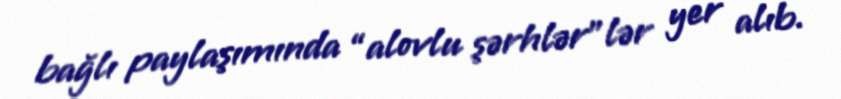
bağlı paylaşımında “alovlu şərhlər”lər yer alıb.